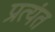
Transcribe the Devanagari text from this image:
प्रत्‍यंत